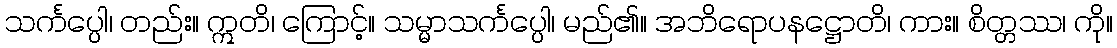
သင်္ကပ္ပေါ၊ တည်း။ ဣတိ၊ ကြောင့်။ သမ္မာသင်္ကပ္ပေါ၊ မည်၏။ အဘိရောပနဋ္ဌောတိ၊ ကား။ စိတ္တဿ၊ ကို။